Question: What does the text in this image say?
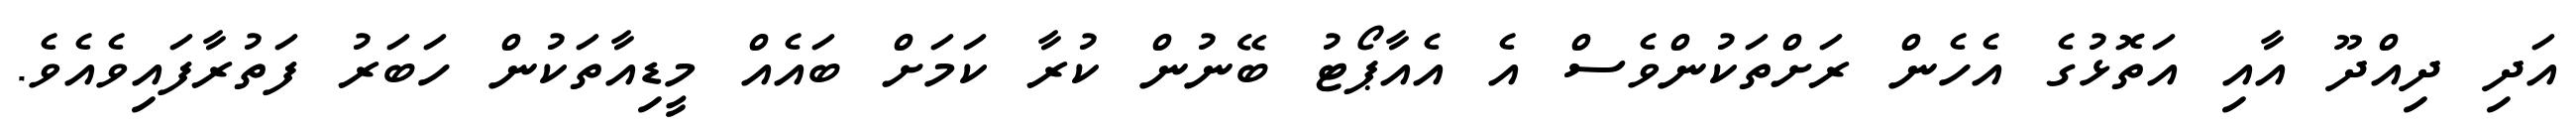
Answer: އަދި ދިއްދޫ އާއި އަތޮޅުގެ އެހެން ރަށްތަކުންވެސް އެ އެއާޕޯޓު ބޭނުން ކުރާ ކަމަށް ބައެއް މީޑިއާތަކުން ހަބަރު ފަތުރާފައިވެއެވެ.